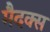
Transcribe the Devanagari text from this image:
मैदक्स